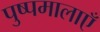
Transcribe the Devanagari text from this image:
पुष्पमालाएँ